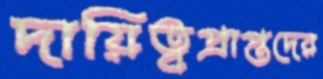
দায়িত্বপ্রাপ্তদের